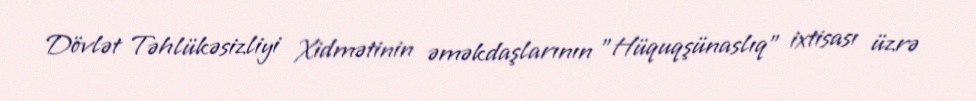
Dövlət Təhlükəsizliyi Xidmətinin əməkdaşlarının "Hüquqşünaslıq" ixtisası üzrə